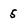
Character: 5